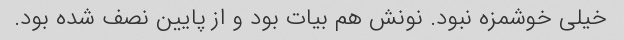
خیلی خوشمزه نبود. نونش هم بیات بود و از پایین نصف شده بود.